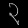
Digit: ၃